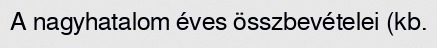
A nagyhatalom éves összbevételei (kb.